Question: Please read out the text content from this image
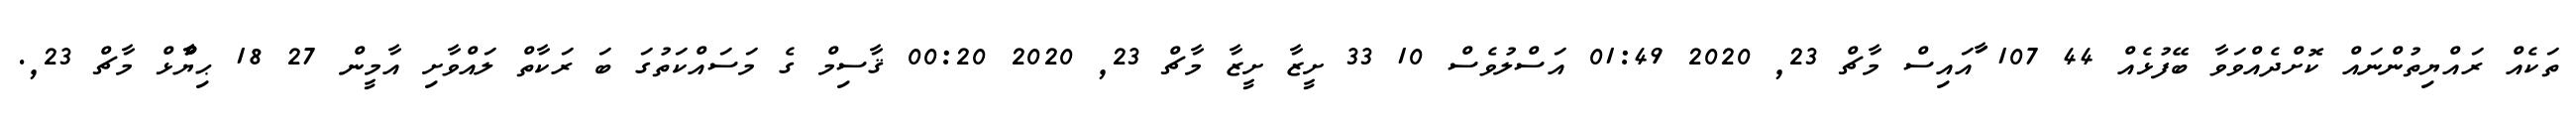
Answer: ތަކެއް ރައްޔިތުންނައް ކޮށްދެއްވަވާ ބޭފުޅެއް 44 107 ާައައިސް މާޗް 23, 2020 01:49 އަސްލުވެސް 10 33 ށީޒާ ށީޒާ މާޗް 23, 2020 00:20 ޤާސިމް ގެ މަސައްކަތުގަ ބަ ރަކާތް ލައްވާށި އާމީން 27 18 ޙިޔާާްްޅް މާޗް 23,.